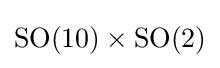
\mathrm {SO} (10)\times \mathrm {SO} (2)